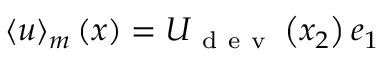
\langle \boldsymbol { u } \rangle _ { m } \left( \boldsymbol { x } \right) = U _ { \mathrm { ~ d ~ e ~ v ~ } } \left( x _ { 2 } \right) \boldsymbol { e } _ { 1 }